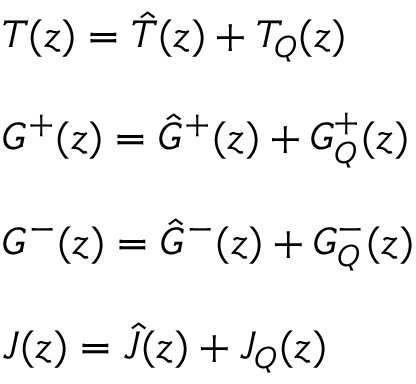
\begin{array} { l } { { T ( z ) = \hat { T } ( z ) + T _ { Q } ( z ) } } \\ { { \ } } \\ { { G ^ { + } ( z ) = \hat { G } ^ { + } ( z ) + G _ { Q } ^ { + } ( z ) } } \\ { { \ } } \\ { { G ^ { - } ( z ) = \hat { G } ^ { - } ( z ) + G _ { Q } ^ { - } ( z ) } } \\ { { \ } } \\ { { J ( z ) = \hat { J } ( z ) + J _ { Q } ( z ) } } \end{array}